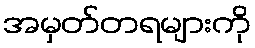
အမှတ်တရများကို